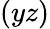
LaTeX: (yz)